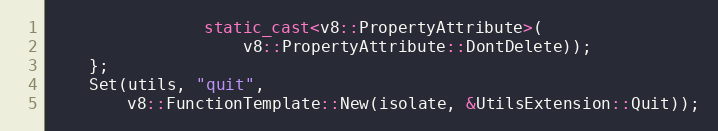
Language: C++
                static_cast<v8::PropertyAttribute>(
                    v8::PropertyAttribute::DontDelete));
    };
    Set(utils, "quit",
        v8::FunctionTemplate::New(isolate, &UtilsExtension::Quit));